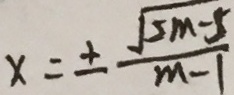
x = \pm \frac { \sqrt { 5 m - 1 } } { m - 1 }